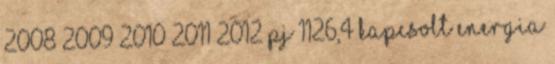
2008 2009 2010 2011 2012 PJ 1126,4 Kapcsolt energia